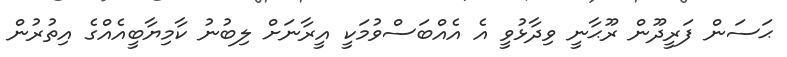
ޙަސަން ފަރީދޫން ރޫޙާނީ ވިދާޅުވީ އެ އެއްބަސްވުމަކީ އީރާނަށް ލިބުނު ކާމިޔާބީއެއްގެ އިތުރުން